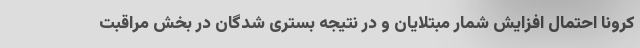
کرونا احتمال افزایش شمار مبتلایان و در نتیجه بستری شدگان در بخش مراقبت